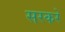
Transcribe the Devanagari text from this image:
सरकरें